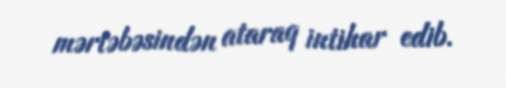
mərtəbəsindən ataraq intihar edib.